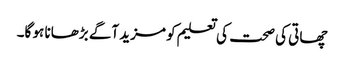
چھاتی کی صحت کی تعلیم کو مزید آگے بڑھانا ہو گا۔